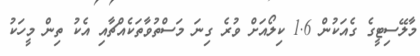
މާލޭސިޓީގެ ގެއަކުން 1.6 ކިލޯއަށް ވުރެ ގިނަ މަސްތުވާތަކެއްޗާއި އެކު ތިން މީހަކު